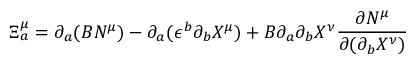
\Xi _ { a } ^ { \mu } = \partial _ { a } ( B N ^ { \mu } ) - \partial _ { a } ( \epsilon ^ { b } \partial _ { b } X ^ { \mu } ) + B \partial _ { a } \partial _ { b } X ^ { \nu } \frac { \partial N ^ { \mu } } { \partial ( \partial _ { b } X ^ { \nu } ) }